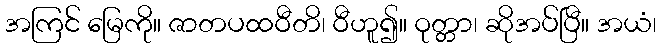
အကြင် မြေကို။ ဇာတပထဝီတိ၊ ဝီဟူ၍။ ဝုတ္တာ၊ ဆိုအပ်ပြီ။ အယံ၊